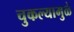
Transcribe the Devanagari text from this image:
चुकल्यामुळे